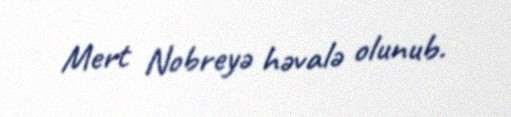
Mert Nobreyə həvalə olunub.